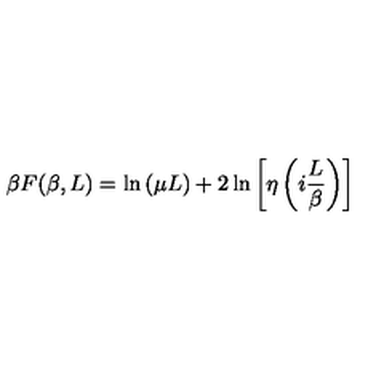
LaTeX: \beta F ( \beta , L ) = \ln { ( \mu L ) } + 2 \ln { \left[ \eta \left( i \frac { L } { \beta } \right) \right] }